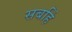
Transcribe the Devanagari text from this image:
सबहिं